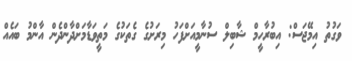
ވަގުތު އިމޭޖަސް: އިބުރާހީމް ޝާބިލް ސުނާމީއަށްފަހު މިރަށުގެ ގެތަކުގެ މަތީވަޑާމަށްދާންދެން އާންމު ބައެއް